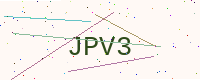
Text: JPV3